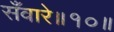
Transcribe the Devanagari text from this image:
सँवारे॥१०॥